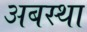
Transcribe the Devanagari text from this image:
अबस्था